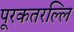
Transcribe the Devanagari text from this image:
पूरकतरल्लि